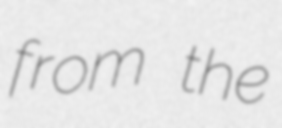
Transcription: from the